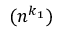
( n ^ { k _ { 1 } } )